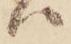
ハ